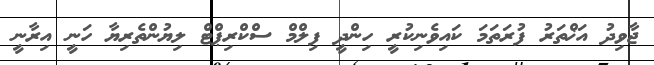
ޖާވިދު އަޚްތަރު ފުރަތަމަ ކައިވެނިކުރީ ހިންދީ ފިލްމް ސްކްރިޕްޓް ލިޔުންތެރިޔާ ހަނީ އިރާނީ